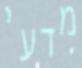
מדעי